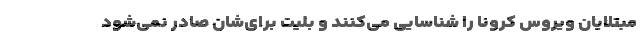
مبتلایان ویروس کرونا را شناسایی می‌کنند و بلیت برای‌شان صادر نمی‌شود